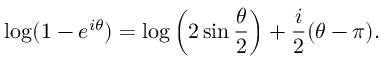
\log ( 1 - e ^ { i \theta } ) = \log \left( 2 \sin \frac { \theta } { 2 } \right) + \frac { i } { 2 } ( \theta - \pi ) .